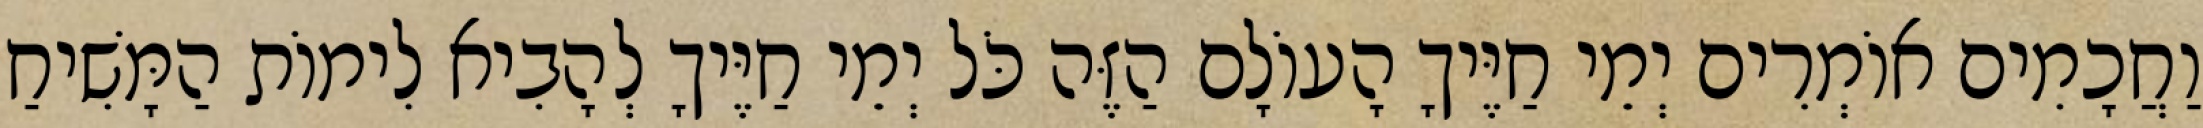
וַחֲכָמִים אוֹמְרִים יְמֵי חַיֶּיךָ הָעוֹלָם הַזֶּה כֹּל יְמֵי חַיֶּיךָ לְהָבִיא לִימוֹת הַמָּשִׁיחַ